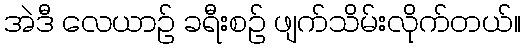
အဲဒီ လေယာဉ် ခရီးစဉ် ဖျက်သိမ်းလိုက်တယ်။